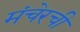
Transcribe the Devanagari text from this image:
मंचेरची